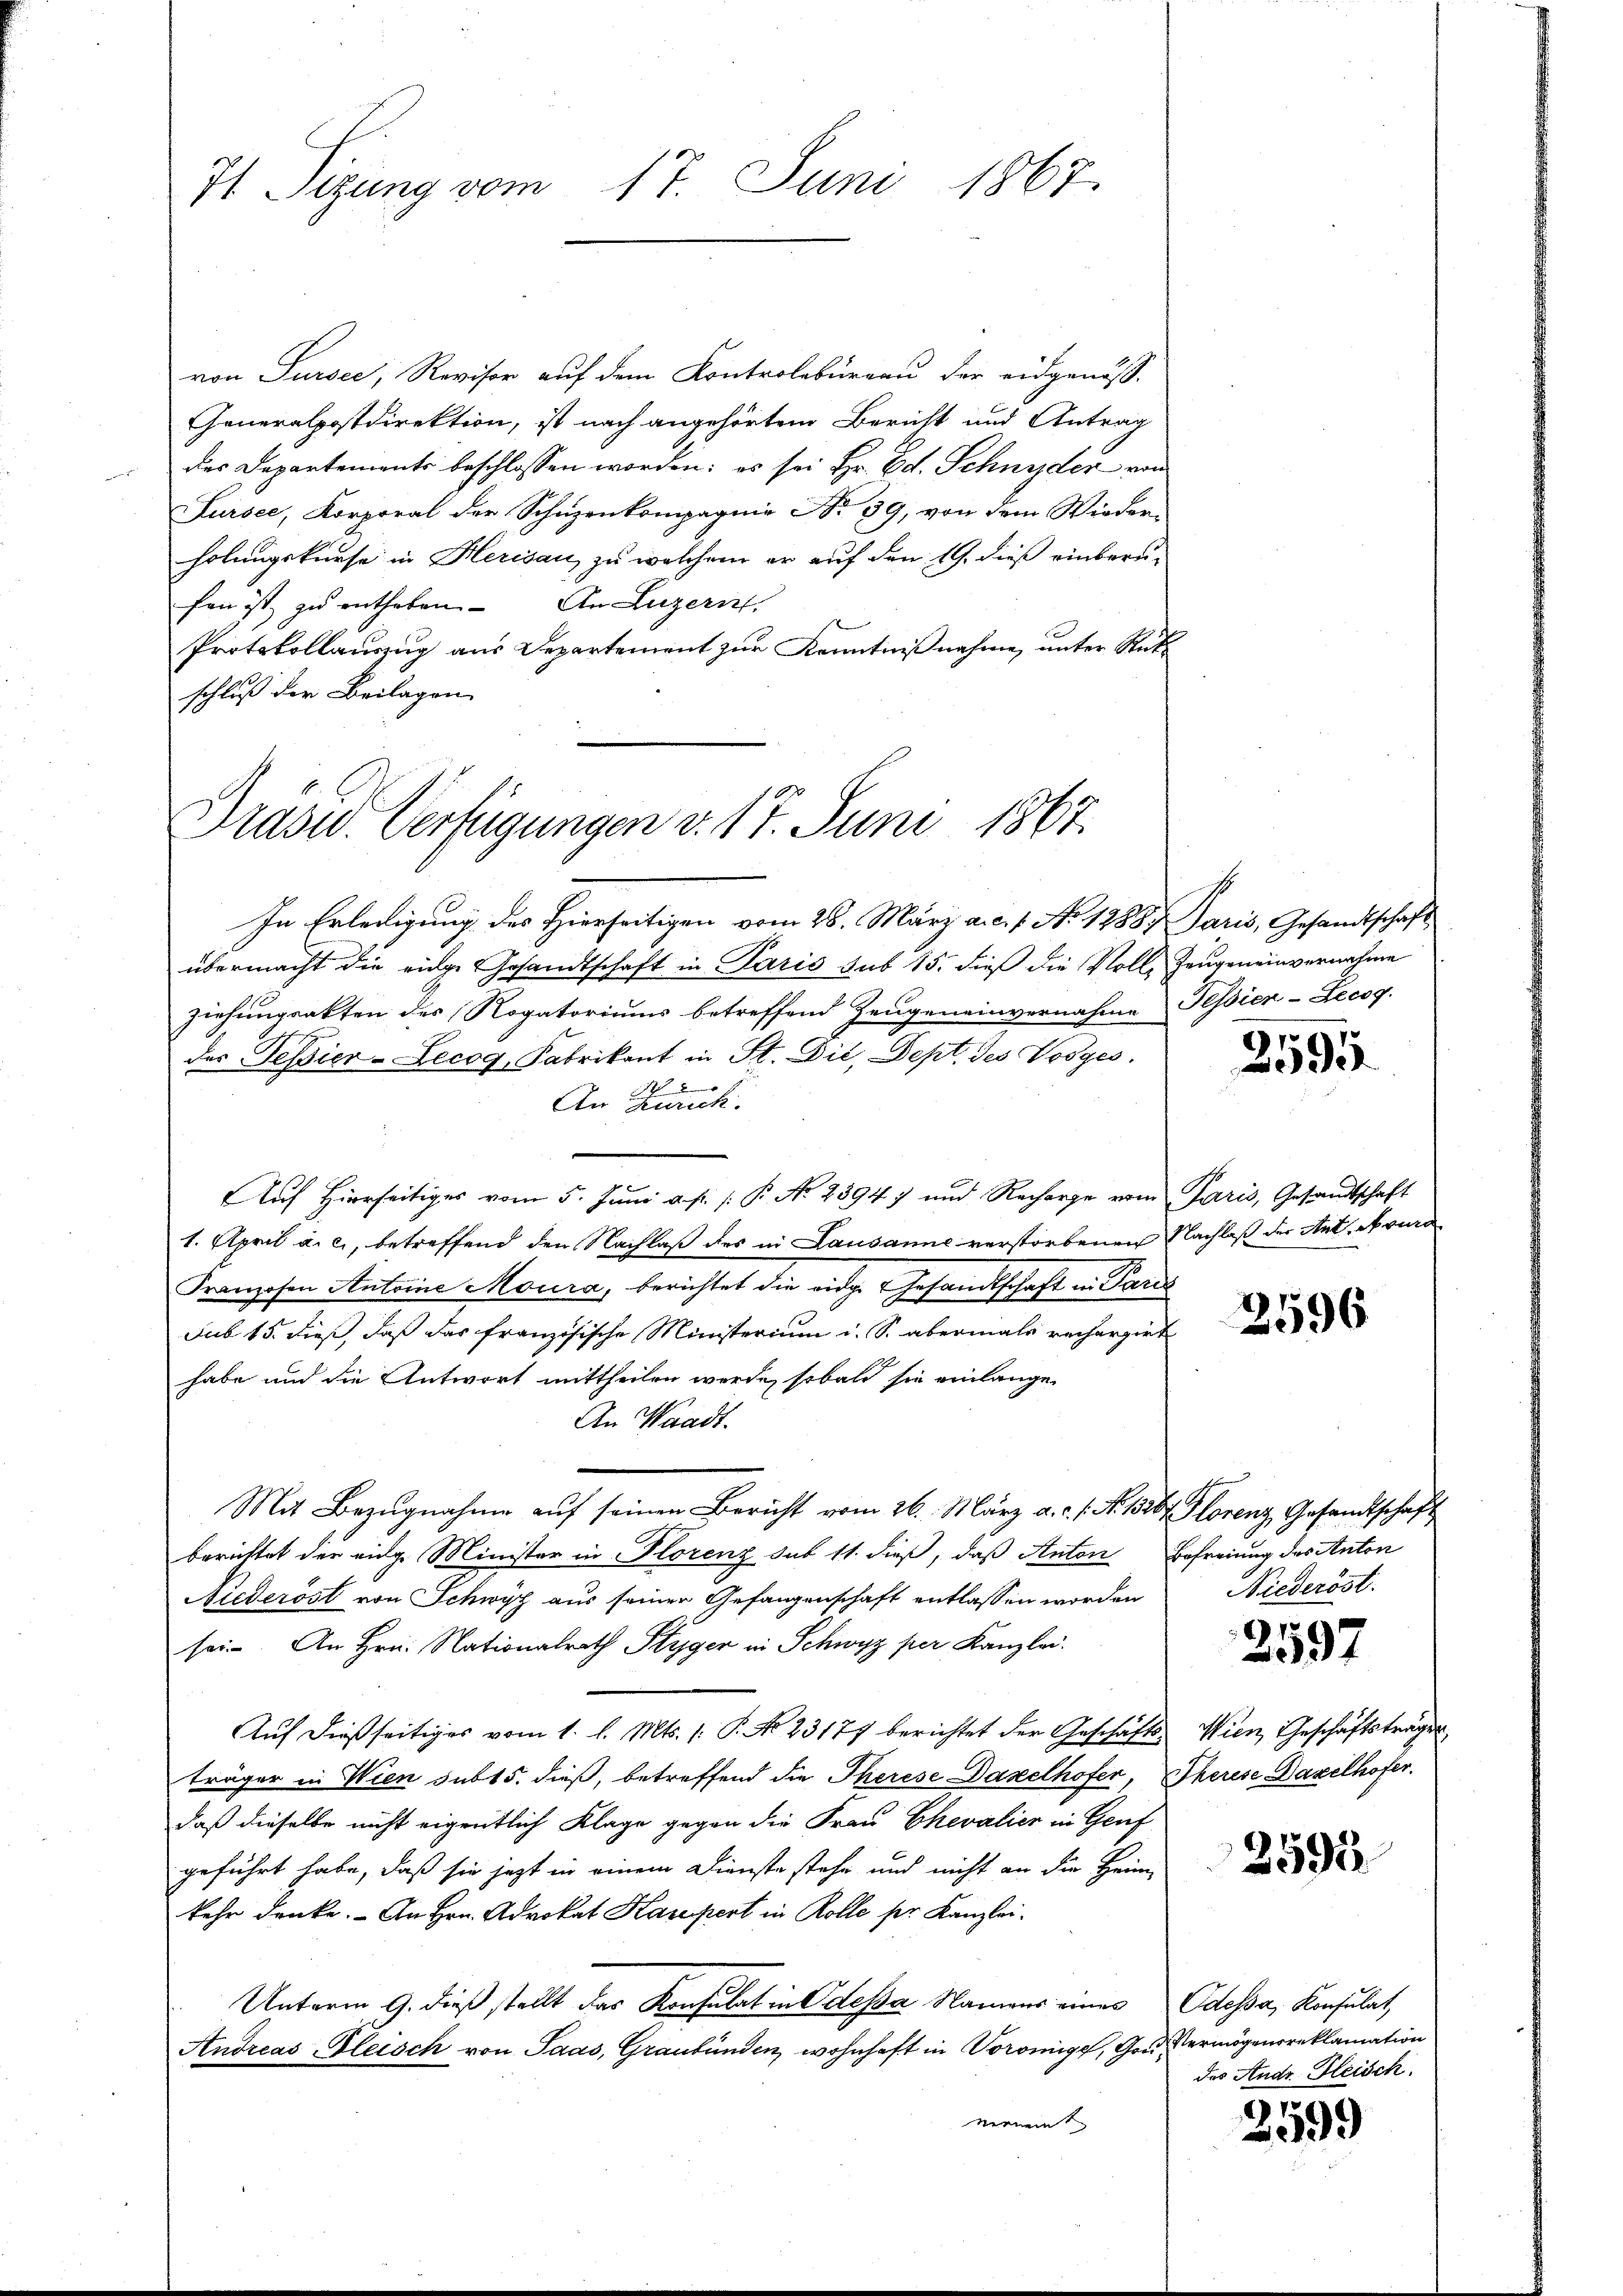
von Sursee, Revisor auf dem Kontrolbureau der eidgenöss.
Generalpostdirektion, ist nach angehörtem Bericht und Antrag
des Departements beschlossen worden: es sei Hr. Ed. Schnyder von
Fursee, Korporal der Schuzenkompagnie Nr. 39, von dem Wieder-
holungskurse in Herisau, zu welchem er auf den 19. dieß einberufen ist zu entheben. An Luzern,
Protokollauszug aus Departement zur Kenntnißnahme, unter Rükschluß der Beilagen

71 Sizung vom 17. Juni 1867.

Präsid. Verfügungen v. 17. Juni 1867.

In Erledigung des Hierseitigen vom 28. März a. c. 1. No 1288. Paris, Gesandtschaft
übermacht die einge Gesandtschaft in Paris sub 15. dieß die Voll, Zeugeneinvernahme
Ziehungsakten des Rogatoriums betreffend Zeugeneinvernahme Tessier-Lecog
des Tessier-Lecog, Fabrikant in St. Die, Sept. des Vorges.

An Zürich.
Auf Hierseitiges vom 5. Juni a. p. P. Nr. 23947 und Recharge vom Paris, Gesandtschaft
1. April a. c., betreffend den Nachlaß des in Lausanne verstorbenen Nachlaß der Ant. Nure
Franzosen Antoine Moura, berichtet die eidg. Gesandtschaft in Paris
Sub 15. dieß, daß das französische Ministerium i. S. abermals rechargirt
habe und die Antwort mittheilen werde, sobald sie einlange
An Waadt.
Mit Bezugnahme auf seinen Bericht vom 26. März a. c. s. No. 1526. Florenz, Gesandtschaft
berichtet der eidge Minister in Florenz sub 11. dieß, daß Anton Befreiung des Anton
Auderöst von Schwyz aus seiner Gefangenschaft entlassen worden
sei. An Hrn. Nationalrath Styger in Schwyz per Kanzlei.
Auf dießseitiges vom 1. l. Mts. (: P. No 23177 berichtet der Geschäftsträger in Wien sub 15. dieß, betreffend die Therese Daselhofer,
daß dieselbe nicht eigentlich Klage gegen die Frau Chevalier in Genf
geführt habe, daß sie jetzt in einem Dienste stehe und nicht an die Heim
kehr denke. - An Hrn. Advokat Karpert in Rolle ser Kanzlei-
Unterm 9. dieß stellt das Konsulat in Odessa Namens eines
Andreas Fleisch von Paas, Graubünden, wohnhaft in Vormige, Gouvernennt

2595.

2596

Niederöst

2597

Wien, Geschäftsträgen
Therese Daxelhofer.

2595.

Odessa, Konsulat
Vermögensreklamation
des Andr. Fleisch.

2599